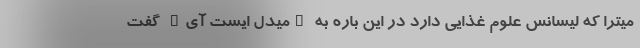
میترا که لیسانس علوم غذایی دارد در این باره به "میدل ایست آی" گفت